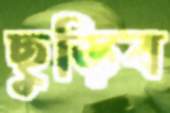
ছুড়িব